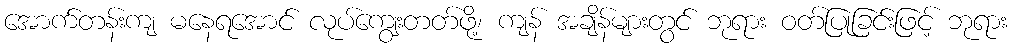
အောက်တန်းကျ မနေရအောင် လုပ်ကျွေးတတ်ဖို့၊ ကျန် အချိန်များတွင် ဘုရား ဝတ်ပြုခြင်းဖြင့် ဘုရား